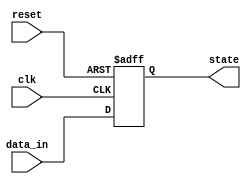
module async_reset_block (
    input wire reset,       // Asynchronous reset signal
    input wire clk,         // Clock signal
    input wire [7:0] data_in, // Example input data for state update
    output reg [7:0] state  // Output state
);

// Define the reset value
parameter RESET_VALUE = 8'h00; // Example reset value

// Always block to handle asynchronous reset and clock-driven state updates
always @(posedge clk or posedge reset) begin
    if (reset) begin
        // Asynchronous reset action
        state <= RESET_VALUE; // Set state to reset value
    end else begin
        // Normal operation: Update state on clock edge
        state <= data_in; // Example state update based on input data
    end
end

endmodule